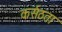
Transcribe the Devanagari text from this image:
कर्सठता